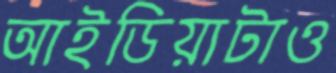
আইডিয়াটাও